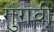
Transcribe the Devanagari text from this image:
गुंगवीं